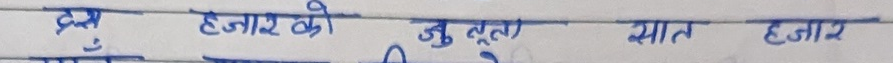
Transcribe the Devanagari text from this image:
दुई हजारको उच्च लुत्य सात हजार